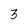
Character: 3